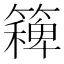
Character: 𮆛